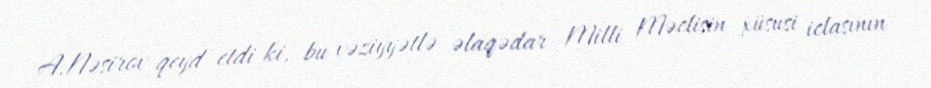
A.Nəsirov qeyd etdi ki, bu vəziyyətlə əlaqədar Milli Məclisin xüsusi iclasının